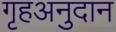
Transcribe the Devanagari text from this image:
गृहअनुदान